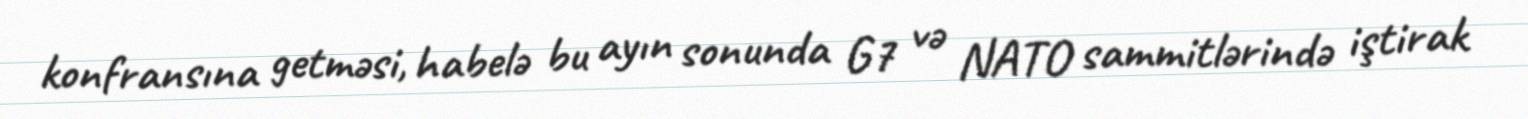
konfransına getməsi, habelə bu ayın sonunda G7 və NATO sammitlərində iştirak